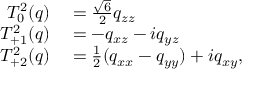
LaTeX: \begin{array} { r l } { T _ { 0 } ^ { 2 } ( q ) } & { { } = { \frac { \sqrt { 6 } } { 2 } } q _ { z z } } \\ { T _ { + 1 } ^ { 2 } ( q ) } & { { } = - q _ { x z } - i q _ { y z } } \\ { T _ { + 2 } ^ { 2 } ( q ) } & { { } = { \frac { 1 } { 2 } } ( q _ { x x } - q _ { y y } ) + i q _ { x y } , } \end{array}